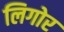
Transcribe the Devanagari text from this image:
लिगोर